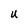
Character: U